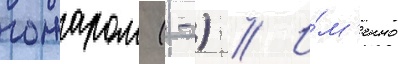
гожаром (-) // И́м'енно